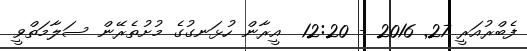
ފެބްރުއަރީ 27